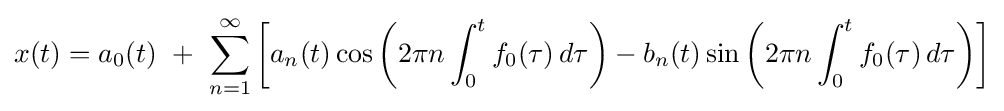
x(t)=a_{0}(t)\ +\ \sum _{n=1}^{\infty }\left[a_{n}(t)\cos \left(2\pi n\int _{0}^{t}f_{0}(\tau )\,d\tau \right)-b_{n}(t)\sin \left(2\pi n\int _{0}^{t}f_{0}(\tau )\,d\tau \right)\right]